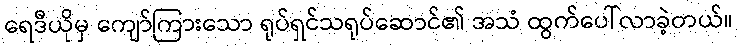
ရေဒီယိုမှ ကျော်ကြားသော ရုပ်ရှင်သရုပ်ဆောင်၏ အသံ ထွက်ပေါ်လာခဲ့တယ်။